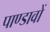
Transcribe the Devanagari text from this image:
पाण्डावों